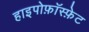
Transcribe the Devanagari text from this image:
हाइपोफ़ॉस्फ़ेट